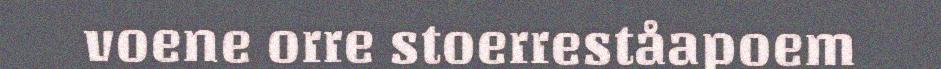
voene orre stoerreståapoem